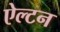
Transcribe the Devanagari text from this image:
ऐल्टन